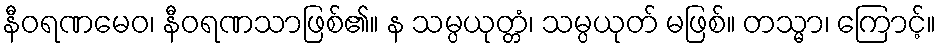
နီဝရဏမေဝ၊ နီဝရဏသာဖြစ်၏။ န သမ္ပယုတ္တံ၊ သမ္ပယုတ် မဖြစ်။ တသ္မာ၊ ကြောင့်။